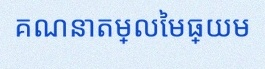
គណនាតម្លៃមធ្យម